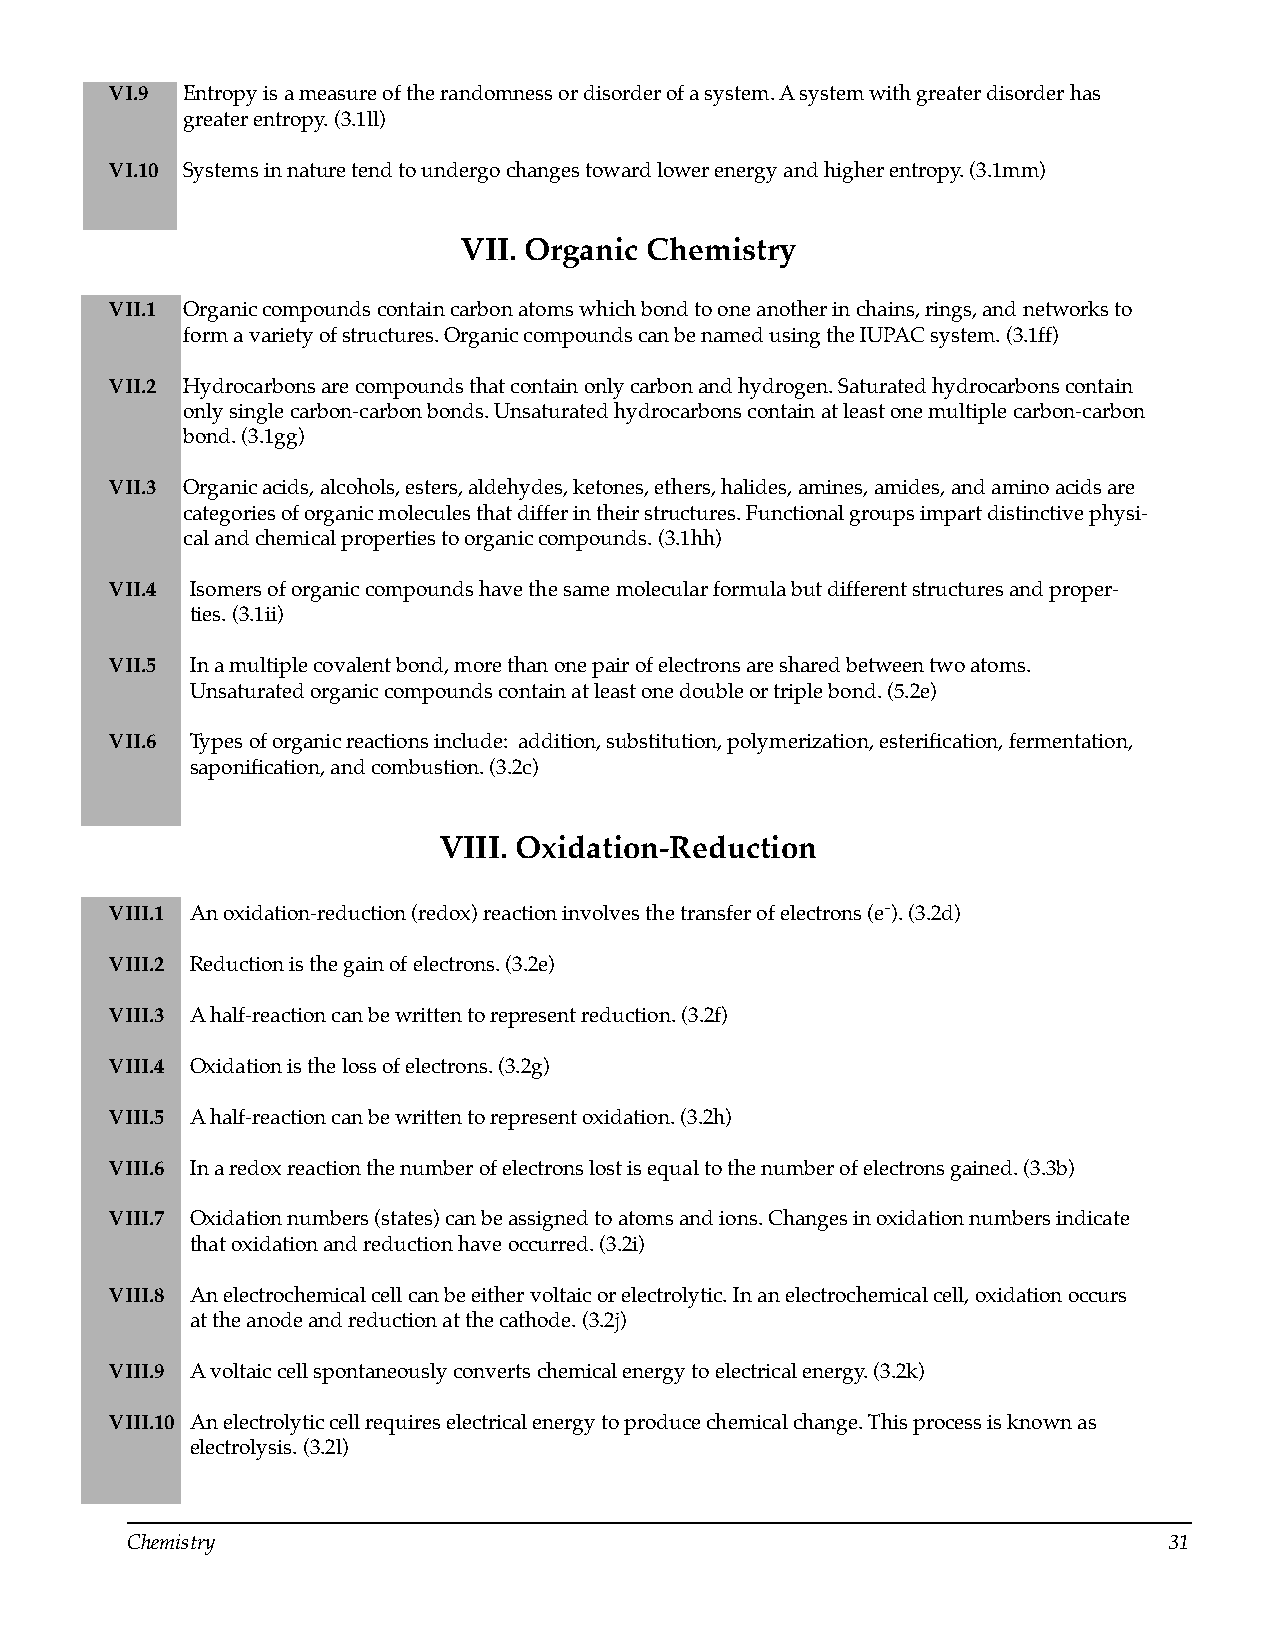
VI.9 Entropy is a measure of the randomness or disorder of a system. A system with greater disorder has
 greater entropy. (3.1ll)
 VI.10 Systems in nature tend to undergo changes toward lower energy and higher entropy. (3.1mm)
 VII. Organic Chemistry
 VII.1 Organic compounds contain carbon atoms which bond to one another in chains, rings, and networks to
 form a variety of structures. Organic compounds can be named using the IUPAC system. (3.1ff)
 VII.2 Hydrocarbons are compounds that contain only carbon and hydrogen. Saturated hydrocarbons contain
 only single carbon-carbon bonds. Unsaturated hydrocarbons contain at least one multiple carbon-carbon
 bond. (3.1gg)
 VII.3 Organic acids, alcohols, esters, aldehydes, ketones, ethers, halides, amines, amides, and amino acids are
 categories of organic molecules that differ in their structures. Functional groups impart distinctive physi­
 cal and chemical properties to organic compounds. (3.1hh)
 VII.4 Isomers of organic compounds have the same molecular formula but different structures and proper­
 ties. (3.1ii)
 VII.5 In a multiple covalent bond, more than one pair of electrons are shared between two atoms.
 Unsaturated organic compounds contain at least one double or triple bond. (5.2e)
 VII.6 Types of organic reactions include: addition, substitution, polymerization, esterification, fermentation,
 saponification, and combustion. (3.2c)
 VIII. Oxidation-Reduction
 VIII.1 An oxidation-reduction (redox) reaction involves the transfer of electrons
 (e-
 ). (3.2d)
 VIII.2 Reduction is the gain of electrons. (3.2e)
 VIII.3 A half-reaction can be written to represent reduction. (3.2f)
 VIII.4 Oxidation is the loss of electrons. (3.2g)
 VIII.5 A half-reaction can be written to represent oxidation. (3.2h)
 VIII.6 In a redox reaction the number of electrons lost is equal to the number of electrons gained. (3.3b)
 VIII.7 Oxidation numbers (states) can be assigned to atoms and ions. Changes in oxidation numbers indicate
 that oxidation and reduction have occurred. (3.2i)
 VIII.8 An electrochemical cell can be either voltaic or electrolytic. In an electrochemical cell, oxidation occurs
 at the anode and reduction at the cathode. (3.2j)
 VIII.9 A voltaic cell spontaneously converts chemical energy to electrical energy. (3.2k)
 VIII.10 An electrolytic cell requires electrical energy to produce chemical change. This process is known as
 electrolysis. (3.2l)
 Chemistry                                                            31